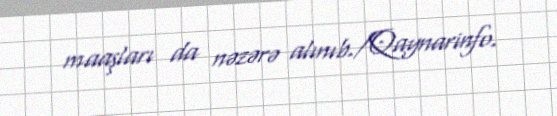
maaşları da nəzərə alınıb./Qaynarinfo.